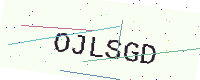
Text: OJLSGD